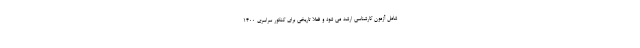
شامل آزمون کارشناسی ارشد می شود و فعلاً تاریخی برای کنکور سراسری ۱۴۰۰